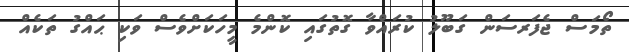
ތޯމަސް ޖެފަރސަން ގަބޫލު ކުރައްވާ ގޮތުގައި ކޮންމެ މީހަކަށްވެސް ވަކި ޙައްގު ތަކެއް